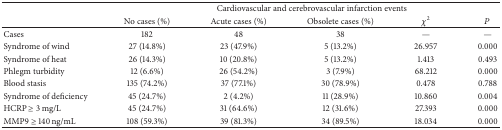
|  | <COLSPAN=5> Cardiovascular and cerebrovascular infarction events |
 |  | No cases (%) | Acute cases (%) | Obsolete cases (%) | χ2 | P |
 | --- | --- | --- | --- | --- | --- |
 | Cases | 182 | 48 | 38 | — | — |
 | Syndrome of wind | 27 (14.8%) | 23 (47.9%) | 5 (13.2%) | 26.957 | 0.000 |
 | Syndrome of heat | 26 (14.3%) | 10 (20.8%) | 5 (13.2%) | 1.413 | 0.493 |
 | Phlegm turbidity | 12 (6.6%) | 26 (54.2%) | 3 (7.9%) | 68.212 | 0.000 |
 | Blood stasis | 135 (74.2%) | 37 (77.1%) | 30 (78.9%) | 0.478 | 0.788 |
 | Syndrome of deficiency | 45 (24.7%) | 2 (4.2%) | 11 (28.9%) | 10.860 | 0.004 |
 | HCRP ≥ 3 mg/L | 45 (24.7%) | 31 (64.6%) | 12 (31.6%) | 27.393 | 0.000 |
 | MMP9 ≥ 140 ng/mL | 108 (59.3%) | 39 (81.3%) | 34 (89.5%) | 18.034 | 0.000 |